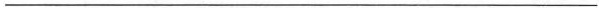
___